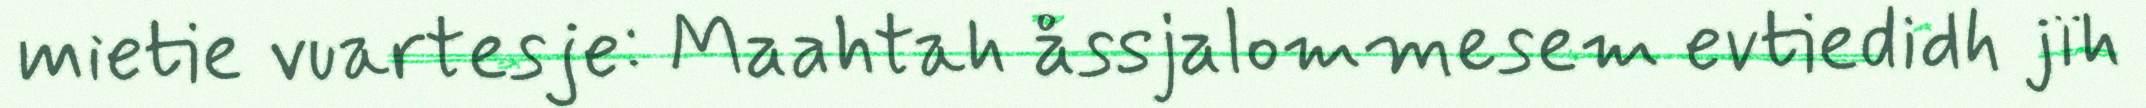
mietie vuartesje: Maahtah åssjalommesem evtiedidh jïh